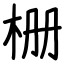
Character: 栅